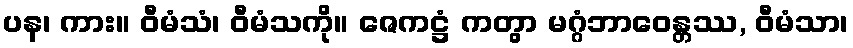
ပန၊ ကား။ ဝီမံသံ၊ ဝီမံသကို။ ဇေကဋ္ဌံ ကတွာ မဂ္ဂံဘာဝေန္တဿ, ဝီမံသာ၊